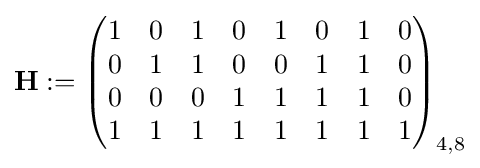
\mathbf {H} :={\begin{pmatrix}1&0&1&0&1&0&1&0\\0&1&1&0&0&1&1&0\\0&0&0&1&1&1&1&0\\1&1&1&1&1&1&1&1\end{pmatrix}}_{4,8}